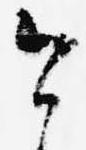
今